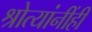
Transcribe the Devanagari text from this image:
श्रोत्यांनींही